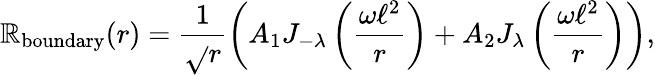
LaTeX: \mathbb{R}_{\mathrm{{boundary}}}(r)=\frac{{1}}{{\sqrt{}{{r}}}}\left(A_{\mathrm{{1}}}J_{-\lambda}\left(\frac{{\omega\ell^{2}}}{{r}}\right)+A_{\mathrm{{2}}}J_{\lambda}\left(\frac{{\omega\ell^{2}}}{{r}}\right)\right),